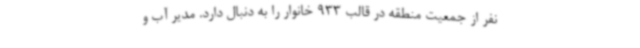
نفر از جمعیت منطقه در قالب 933 خانوار را به دنبال دارد. مدیر آب و